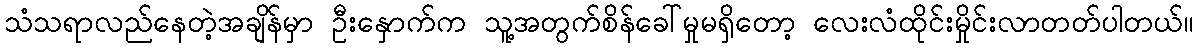
သံသရာလည်နေတဲ့အချိန်မှာ ဦးနှောက်က သူ့အတွက်စိန်ခေါ်မှုမရှိတော့ လေးလံထိုင်းမှိုင်းလာတတ်ပါတယ်။